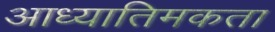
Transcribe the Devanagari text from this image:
आध्यातिमकता